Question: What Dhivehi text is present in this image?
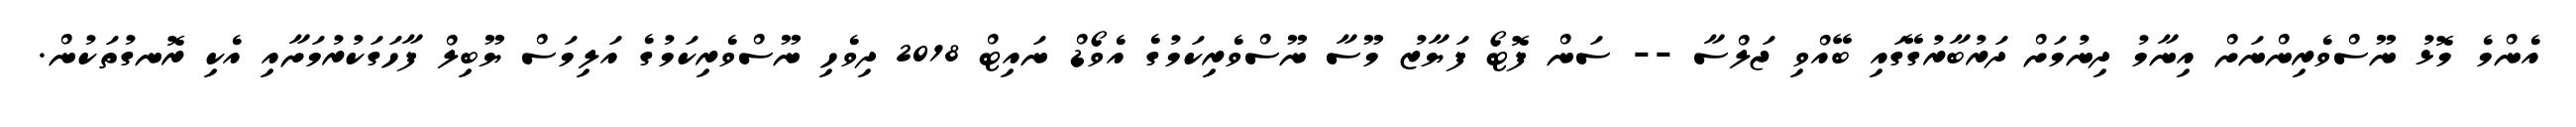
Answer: އެންމެ މޮޅު ނޫސްވެރިންނަށް އިނާމު ދިނުމަށް ދަރުބާރުގޭގައި ބޭއްވި ޖަލްސާ -- ސަން ފޮޓޯ ފަޔާޒު މޫސާ ނޫސްވެރިކަމުގެ އެވޯޑް ނައިޓް 2018 ދިވެހި ނޫސްވެރިކަމުގެ އަލިމަސް ޔޫބިލް ފާހަގަކުރުމަށާއި އެކި ރޮނގުތަކުން.